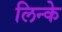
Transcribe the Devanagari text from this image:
लिन्के